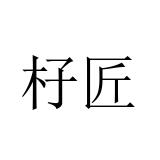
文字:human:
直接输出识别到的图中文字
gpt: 杍匠